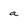
Character: a